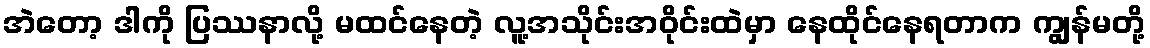
အဲတော့ ဒါကို ပြဿနာလို့ မထင်နေတဲ့ လူ့အသိုင်းအဝိုင်းထဲမှာ နေထိုင်နေရတာက ကျွန်မတို့